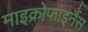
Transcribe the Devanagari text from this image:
माइक्रोफाइनैंस